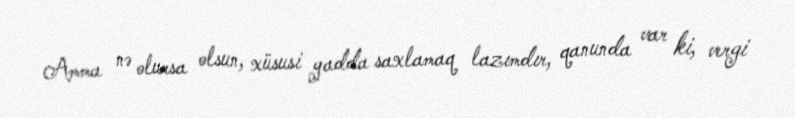
Amma nə olursa olsun, xüsusi yadda saxlamaq lazımdır, qanunda var ki, vergi